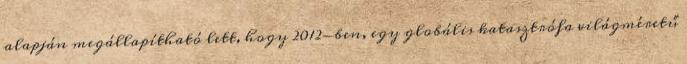
alapján megállapítható lett, hogy 2012-ben, egy globális katasztrófa világméretű